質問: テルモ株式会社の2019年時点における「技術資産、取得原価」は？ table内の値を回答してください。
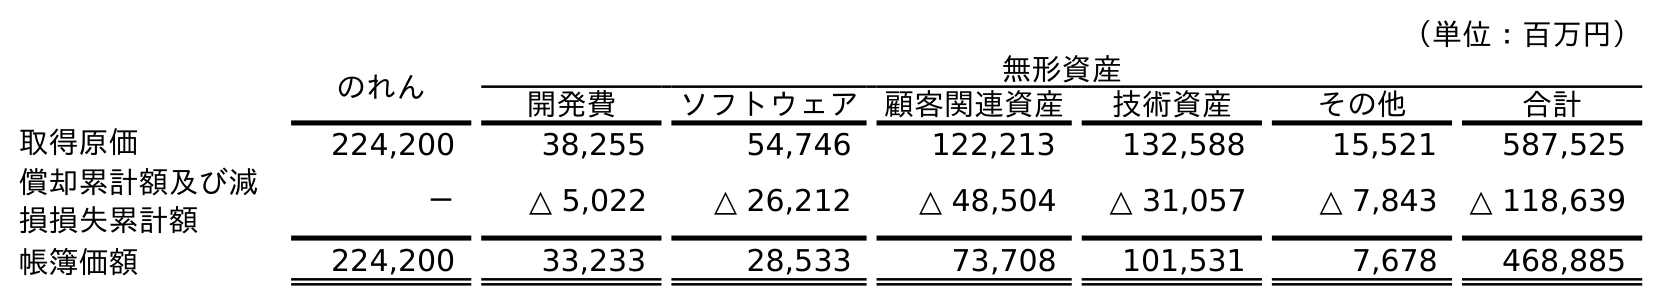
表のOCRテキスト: （単位：百万円） のれん 無形資産 開発費 ソフトウェア 顧客関連資産 技術資産 その他 合計 取得原価 224,200 38,255 54,746 122,213 132,588 15,521 587,525 償却累計額及び減 損損失累計額 － △ 5,022 △ 26,212 △ 48,504 △ 31,057 △ 7,843 △ 118,639 帳簿価額 224,200 33,233 28,533 73,708 101,531 7,678 468,885
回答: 132,588